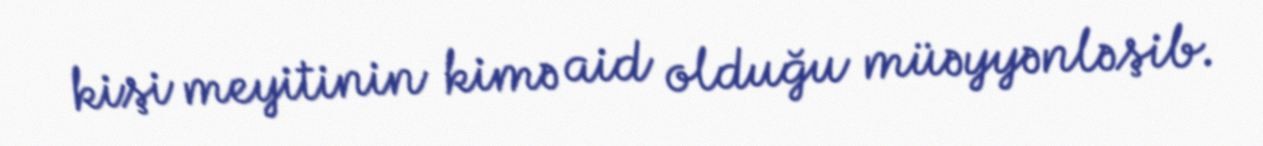
kişi meyitinin kimə aid olduğu müəyyənləşib.